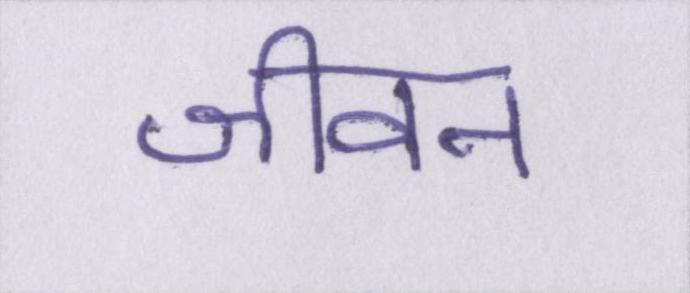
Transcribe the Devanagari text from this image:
जीवन